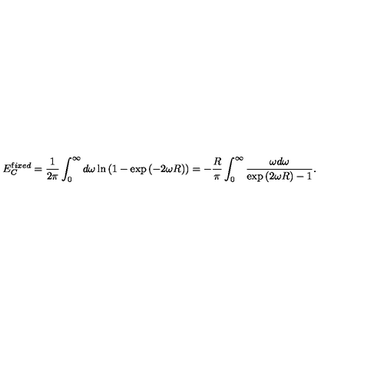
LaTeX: E _ { C } ^ { { \mathrm { f } i x e d } } = \frac { 1 } { 2 \pi } \int _ { 0 } ^ { \infty } d \omega \ln \left( 1 - \exp { ( - 2 \omega R ) } \right) = - \frac { R } { \pi } \int _ { 0 } ^ { \infty } \frac { \omega d \omega } { \exp { ( 2 \omega R ) } - 1 } { . }